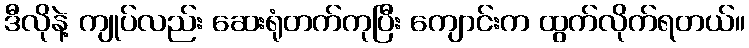
ဒီလိုနဲ့ ကျုပ်လည်း ဆေးရုံတက်ကုပြီး ကျောင်းက ထွက်လိုက်ရတယ်။